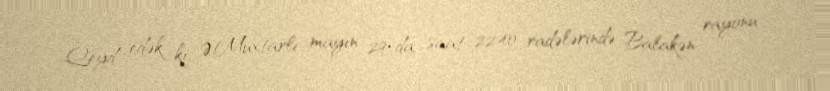
Qeyd edək ki, Ə.Muxtarlı mayın 29-da saat 22.40 radələrində Balakən rayonu